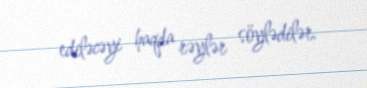
ediləcəyi haqda rəylər söylədilər.